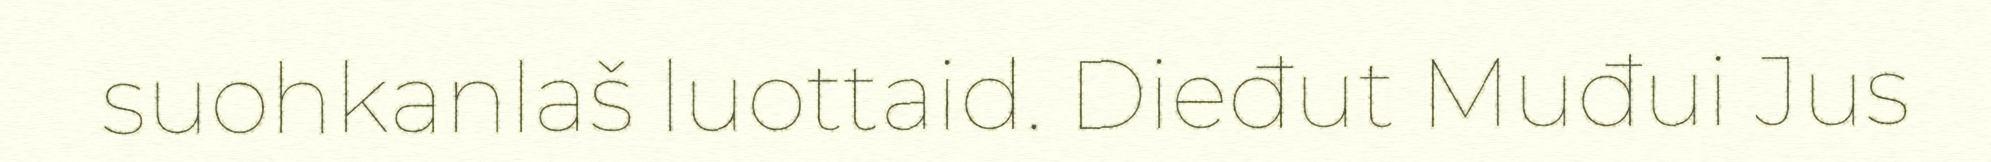
suohkanlaš luottaid. Dieđut Muđui Jus